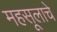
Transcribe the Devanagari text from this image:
महसूलाचे